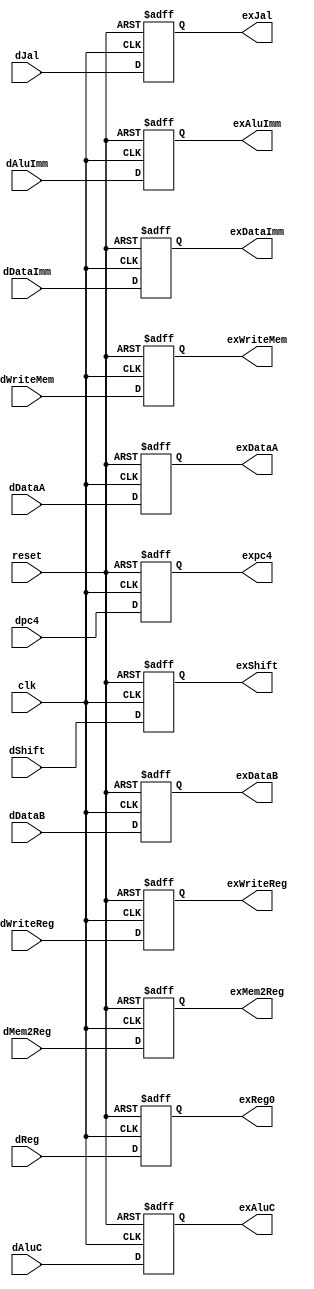
module ppl_regE (clk, reset,
                dWriteReg, dMem2Reg, dWriteMem, dJal, dAluC, dAluImm, dShift,
                dpc4, dDataA, dDataB, dDataImm, dReg,
                exWriteReg, exMem2Reg, exWriteMem, exJal, exAluC, exAluImm, exShift,
                expc4, exDataA, exDataB, exDataImm, exReg0);
    input           clk, reset;

    input           dWriteReg, dMem2Reg, dWriteMem, dJal, dAluImm, dShift;
    input   [3:0]   dAluC;

    input   [4:0]   dReg;
    input   [31:0]  dpc4, dDataA, dDataB, dDataImm;

    output          exWriteReg, exMem2Reg, exWriteMem, exJal, exAluImm, exShift;
    reg             exWriteReg, exMem2Reg, exWriteMem, exJal, exAluImm, exShift;
    output  [3:0]   exAluC;
    reg     [3:0]   exAluC;
    output  [4:0]   exReg0;
    reg     [4:0]   exReg0;
    output  [31:0]  expc4, exDataA, exDataB, exDataImm;
    reg     [31:0]  expc4, exDataA, exDataB, exDataImm;

    always @ (posedge clk or negedge reset) begin
        if (reset == 0) begin
            exWriteReg <= 0;
            exMem2Reg <= 0;
            exWriteMem <= 0;
            exJal <= 0;
            exAluImm <= 0;
            exShift <= 0;
            exAluC <= 0;
            expc4 <= 0;
            exDataA <= 0;
            exDataB <= 0;
            exDataImm <= 0;
            exReg0 <= 0;
        end else begin
            exWriteReg <= dWriteReg;
            exMem2Reg <= dMem2Reg;
            exWriteMem <= dWriteMem;
            exJal <= dJal;
            exAluImm <= dAluImm;
            exShift <= dShift;
            exAluC <= dAluC;
            expc4 <= dpc4;
            exDataA <= dDataA;
            exDataB <= dDataB;
            exDataImm <= dDataImm;
            exReg0 <= dReg;
        end
    end
endmodule // ppl_regE